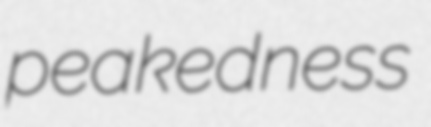
peakedness